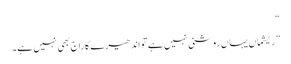
“
”ریشماں یہاں روشنی نہیں ہے تو اندھیرے کا راج بھی نہیں ہے۔